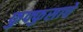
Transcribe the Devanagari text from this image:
फुफ्फुसाचे